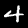
Label: 4